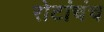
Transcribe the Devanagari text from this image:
रोटांचंच